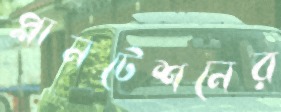
প্লানটেশনের